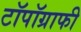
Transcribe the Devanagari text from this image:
टॉपॉग्राफी